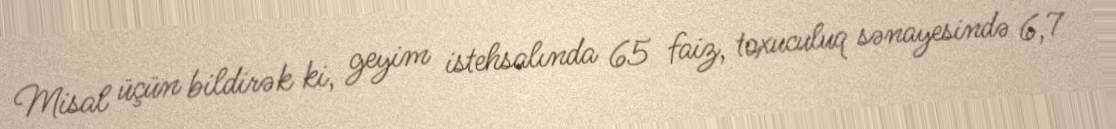
Misal üçün bildirək ki, geyim istehsalında 65 faiz, toxuculuq sənayesində 6,7